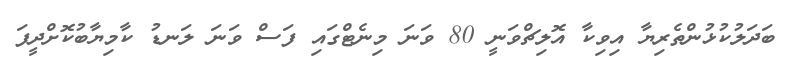
ބަދަލުކުޅުންތެރިޔާ އިވިކާ އޮލިޗްވަނީ 80 ވަނަ މިނެޓްގައި ފަސް ވަނަ ލަނޑު ކާމިޔާބުކޮށްދީފަ